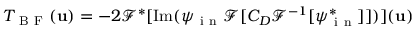
T _ { \mathrm { ~ B ~ F ~ } } ( \mathbf { u } ) = - 2 \mathcal { F } ^ { * } [ \mathrm { I m } ( \psi _ { \mathrm { ~ i ~ n ~ } } \mathcal { F } [ C _ { D } \mathcal { F } ^ { - 1 } [ \psi _ { \mathrm { ~ i ~ n ~ } } ^ { * } ] ] ) ] ( \mathbf { u } )